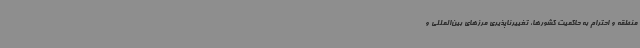
منطقه و احترام به حاکمیت کشورها، تغییرناپذیری مرزهای بین‌المللی و